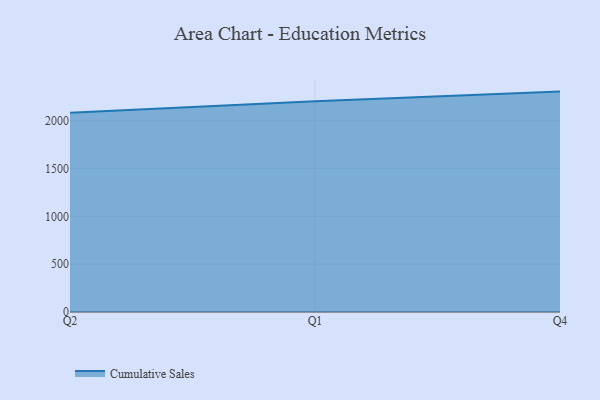
{"axis": {"x": "Quarter", "y": "Latency (ms)"}, "legend": ["Cumulative Sales"], "data": [{"x": "Q2", "y": 2081.7, "type": "Cumulative Sales"}, {"x": "Q1", "y": 2204.0, "type": "Cumulative Sales"}, {"x": "Q4", "y": 2304.1, "type": "Cumulative Sales"}]}